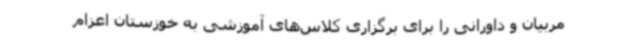
مربیان و داورانی را برای برگزاری کلاس‌های آموزشی به خوزستان اعزام